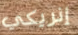
إنريكي